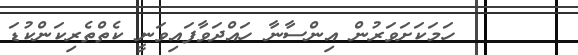
١٩      ހަމަކަށަވަރުން އިންސާނާ ހައްދަވާފައިވަނީ ކެތްތެރިކަންކުޑަ